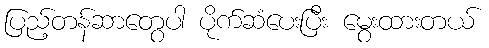
ပြည့်တန်ဆာတွေပါ ပိုက်ဆံပေးပြီး မွေးထားတယ်